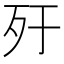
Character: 𣦿